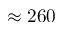
\approx 2 6 0